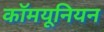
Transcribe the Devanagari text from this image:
कॉमयूनियन